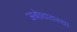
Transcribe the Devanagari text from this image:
अबोधावस्था